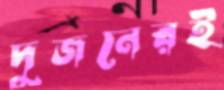
দুজনেরই